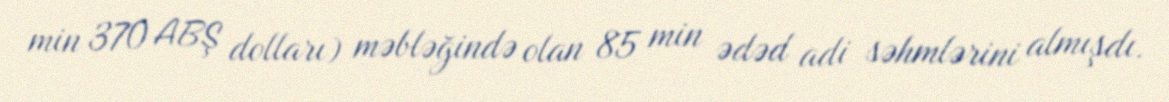
min 370 ABŞ dolları) məbləğində olan 85 min ədəd adi səhmlərini almışdı.